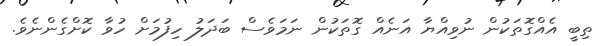
ތިބީ އެއްގޮތަކުން ނުވިއްޔާ އަނެއް ގޮތަކުން ނަމަވެސް ބަދަލު ހިފުމަށް ހުވާ ކޮށްގެންނެވެ.